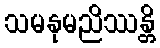
သမနုမညိဿန္တိ